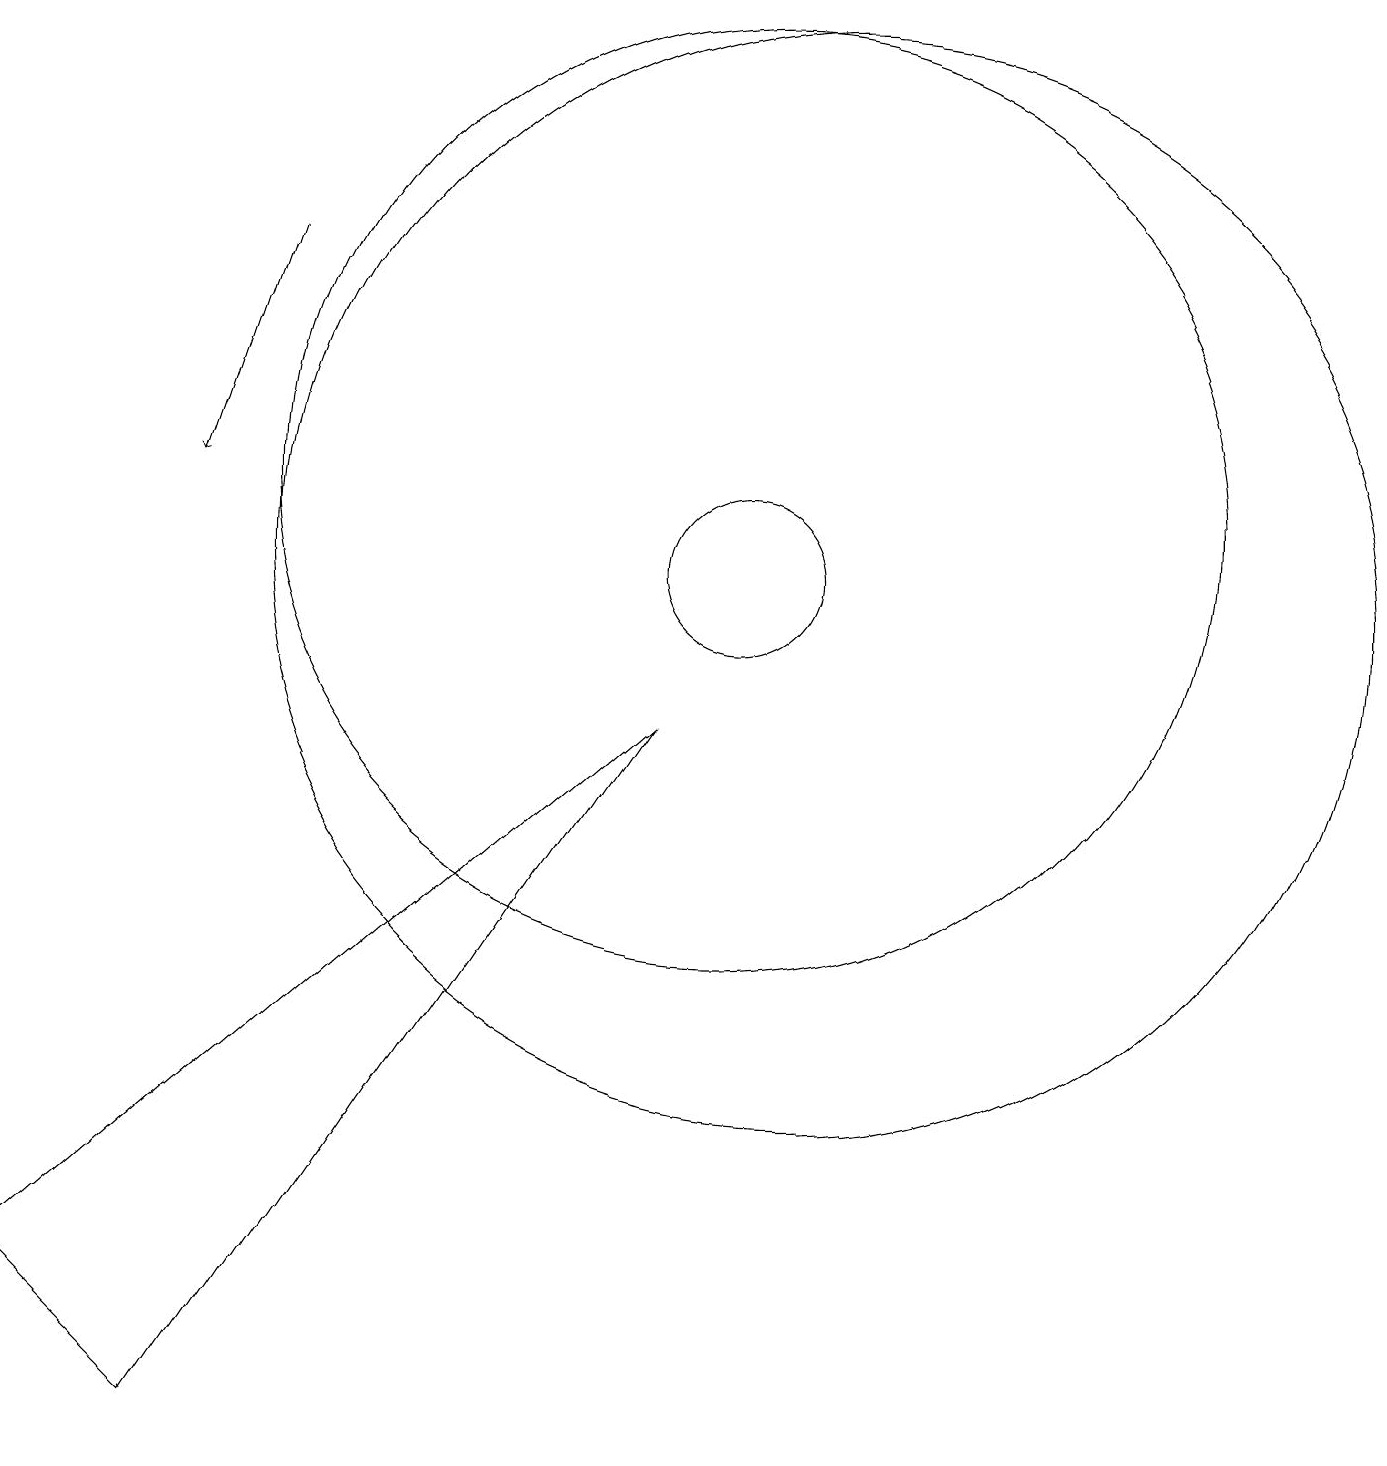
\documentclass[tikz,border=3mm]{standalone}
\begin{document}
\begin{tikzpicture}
\draw (1,2) -- (9,9) -- (3,0) -- cycle;
\draw[->] (4,15) -- (3,12);
\draw (11,11) circle (7);
\draw (10,11) circle (1);
\draw (10,12) circle (6);
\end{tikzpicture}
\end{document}